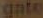
gate